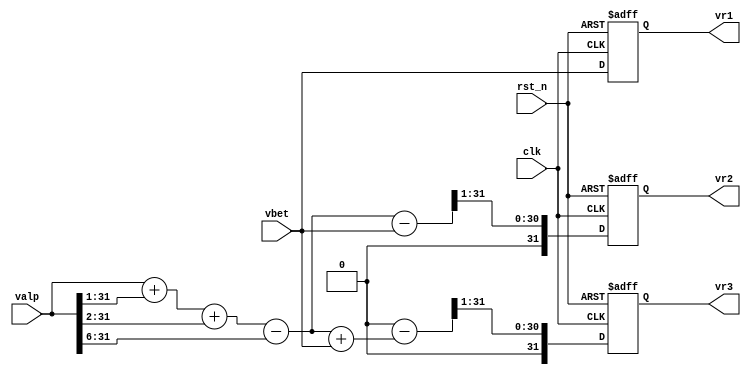
/****************************/
/*iclarke module        */
/*author:carloy     */
/*version:v0.0      */
/*date:2022/2/17    */
/****************************/

module iclarke #(parameter width=32)
    (
    input                     clk,
    input                     rst_n,

    input       [width-1:0]   valp,
    input       [width-1:0]   vbet,

    output wire [width-1:0]   vr1,
    output wire [width-1:0]   vr2,
    output wire [width-1:0]   vr3
    );
//register
    reg         [width-1:0]   vr1_reg;
    reg         [width-1:0]   vr2_reg;
    reg         [width-1:0]   vr3_reg;
//wire
    assign      vr1 = vr1_reg;
    assign      vr2 = vr2_reg;
    assign      vr3 = vr3_reg;
    wire        [width-1:0] vr2_t;
    wire        [width-1:0] vr3_t;
    assign      vr2_t = {valp[31:0] + valp[31:1] + valp[31:2] -valp[31:6] - vbet};                  //????????
    assign      vr3_t = 32'h0000_0000 - {valp[31:0] + valp[31:1] + valp[31:2] -valp[31:6] + vbet};  //????????
always @(posedge clk or negedge rst_n) 
    if(!rst_n)    
        vr1_reg <= 32'h0000;
    else
        vr1_reg <= vbet;
always @(posedge clk or negedge rst_n)
    if (!rst_n) 
        vr2_reg <= 32'h0000;
    else
        vr2_reg <= vr2_t[31:1];
always @(posedge clk or negedge rst_n)
    if (!rst_n) 
        vr3_reg <= 32'h0000;
    else
        vr3_reg <= vr3_t[31:1];     

endmodule